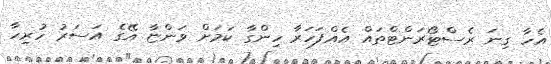
އެހާ ގިނަ ރެސްޓޯރަަންޓްތައް އެއްފަހަރާ ހިންގާ ކަމަށް ވަންޏާ އޭގެ އަސަރު ހުރިހާ